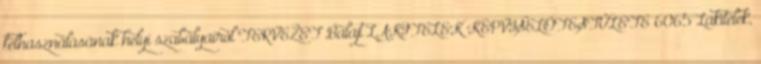
felhasználásának helyi szabályairól TERVEZET Balajt LAKITELEK KÉPVISELŐTESTÜLETE 6065 Lakitelek,